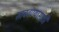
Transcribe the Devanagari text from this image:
साचवण्यासाठी